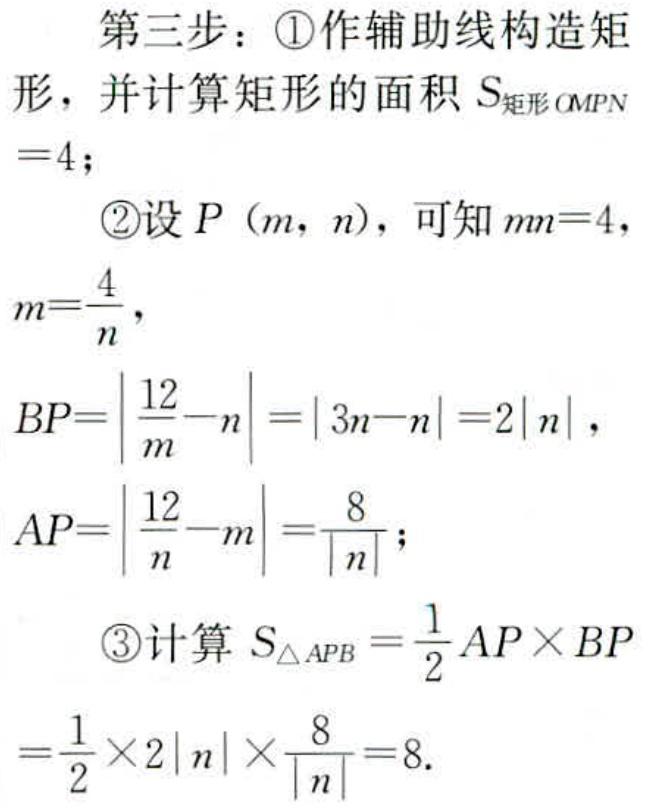
第三步：\textcircled{1}作辅助线构造矩形，并计算矩形的面积 \(S_{矩形OMPN}=4\)；
\textcircled{2}设 \(P(m,n)\)，可知 \(mn = 4\)，\(m=\frac{4}{n}\)，
\(BP=\left|\frac{12}{m}-n\right|=\left|3n - n\right|=2\left|n\right|\)，
\(AP=\left|\frac{12}{n}-m\right|=\frac{8}{\left|n\right|}\)；
\textcircled{3}计算 \(S_{\triangle APB}=\frac{1}{2}AP\times BP\)
\(=\frac{1}{2}\times2\left|n\right|\times\frac{8}{\left|n\right|}=8\).